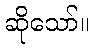
ဆိုသော်။